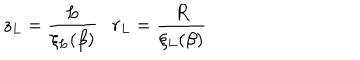
z _ { L } = \frac { L } { \xi _ { L } ( \beta ) } r _ { L } = \frac { R } { \xi _ { L } ( \beta ) }